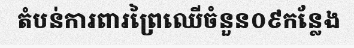
តំបន់ការពារព្រៃឈើចំនួន០៩កន្លែង